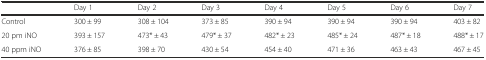
|  | Day 1 | Day 2 | Day 3 | Day 4 | Day 5 | Day 6 | Day 7 |
 | --- | --- | --- | --- | --- | --- | --- | --- |
 | Control | 300 ± 99 | 308 ± 104 | 373 ± 85 | 390 ± 94 | 390 ± 94 | 390 ± 94 | 403 ± 82 |
 | 20 pm iNO | 393 ± 157 | 473* ± 43 | 479* ± 37 | 482* ± 23 | 485* ± 24 | 487* ± 18 | 488* ± 17 |
 | 40 ppm iNO | 376 ± 85 | 398 ± 70 | 430 ± 54 | 454 ± 40 | 471 ± 36 | 463 ± 43 | 467 ± 45 |